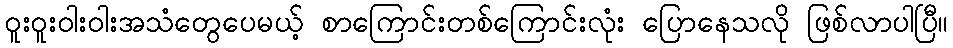
ဝူးဝူးဝါးဝါးအသံတွေပေမယ့် စာကြောင်းတစ်ကြောင်းလုံး ပြောနေသလို ဖြစ်လာပါပြီ။